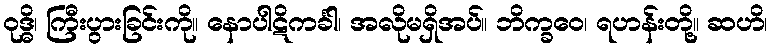
ဝုဒ္ဓိ၊ ကြီးပွားခြင်းကို။ နောပါဋိကင်္ခါ၊ အလိုမရှိအပ်။ ဘိက္ခဝေ၊ ရဟန်းတို့။ ဆဟိ၊